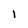
Character: 1